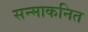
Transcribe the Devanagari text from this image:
सन्माकनित